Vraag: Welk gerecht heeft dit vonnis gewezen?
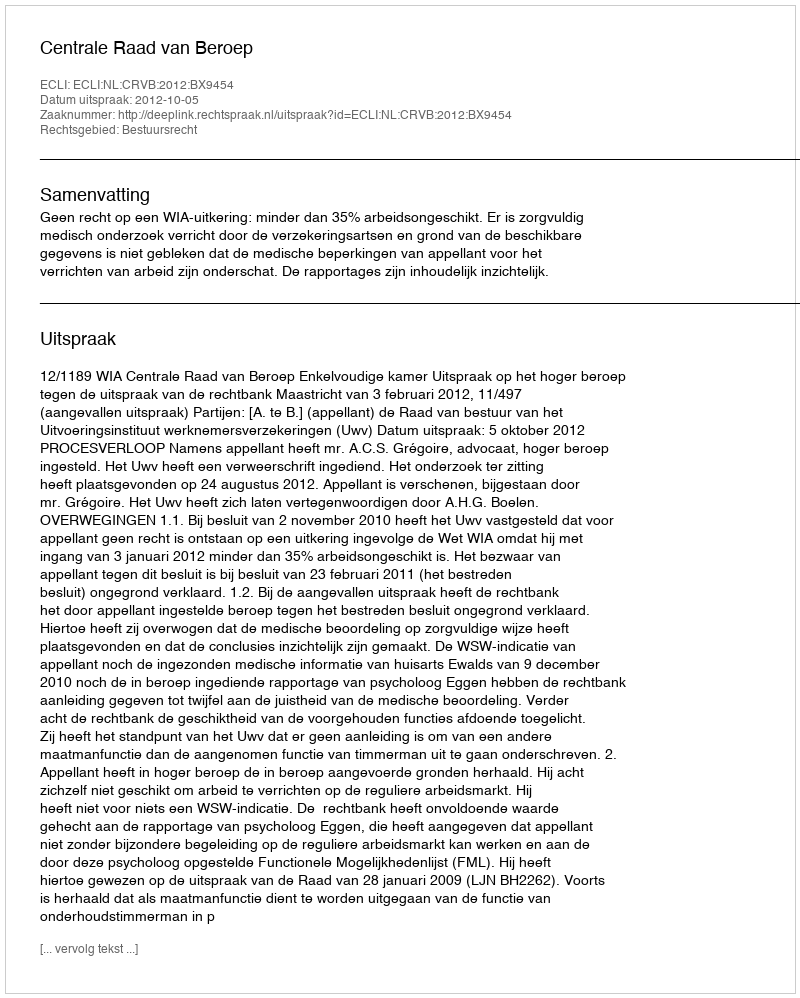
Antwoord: Centrale Raad van Beroep